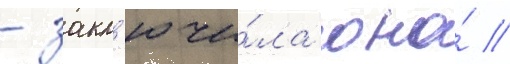
- закл'ючи́ла она́ //